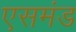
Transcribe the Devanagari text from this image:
एसमंड